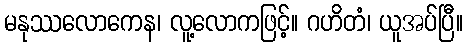
မနုဿလောကေန၊ လူ့လောကဖြင့်။ ဂဟိတံ၊ ယူအပ်ပြီ။